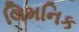
લિમનિક